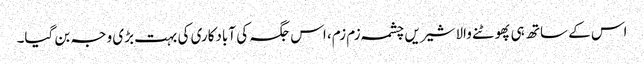
اس کے ساتھ ہی پھوٹنے والا شیریں چشمہ زم زم، اس جگہ کی آبادکاری کی بہت بڑی وجہ بن گیا۔